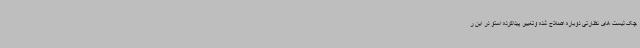
چک لیست های نظارتی دوباره اصلاح شده وتغییر پیداکرده استو در این ر